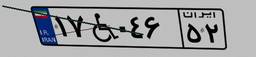
۲۲W۲۸۹۳۸